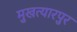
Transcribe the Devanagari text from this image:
मुखत्यारपुर